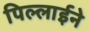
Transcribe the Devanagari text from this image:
पिल्लाईने